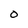
Character: O